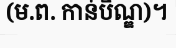
(ម.ព. កាន់បិណ្ឌ)។